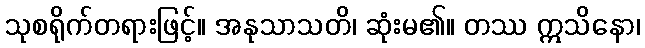
သုစရိုက်တရားဖြင့်။ အနုသာသတိ၊ ဆုံးမ၏။ တဿ ဣသိနော၊